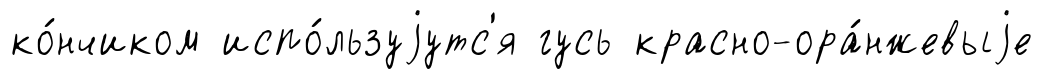
ко́нчиком испо́льзуjутс'я гусь красно-ора́нжевыjе